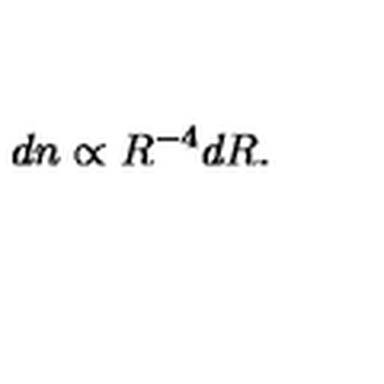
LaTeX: d n \propto R ^ { - 4 } d R . \,